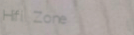
Hifi Zone